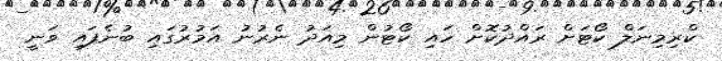
ކްރިމިނަލް ކޯޓަށް ރައްދުކޮށް ހައި ކޯޓުން މިއަދު ނެރުނު އަމުރުގައި ބުނެފައި ވަނީ